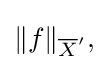
{\textstyle \|f\|_{{\overline {X}}^{\prime }},}